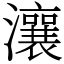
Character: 瀼